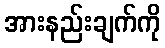
အားနည်းချက်ကို